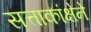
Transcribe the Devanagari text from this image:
सत्ताकांक्षेने